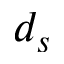
d _ { s }